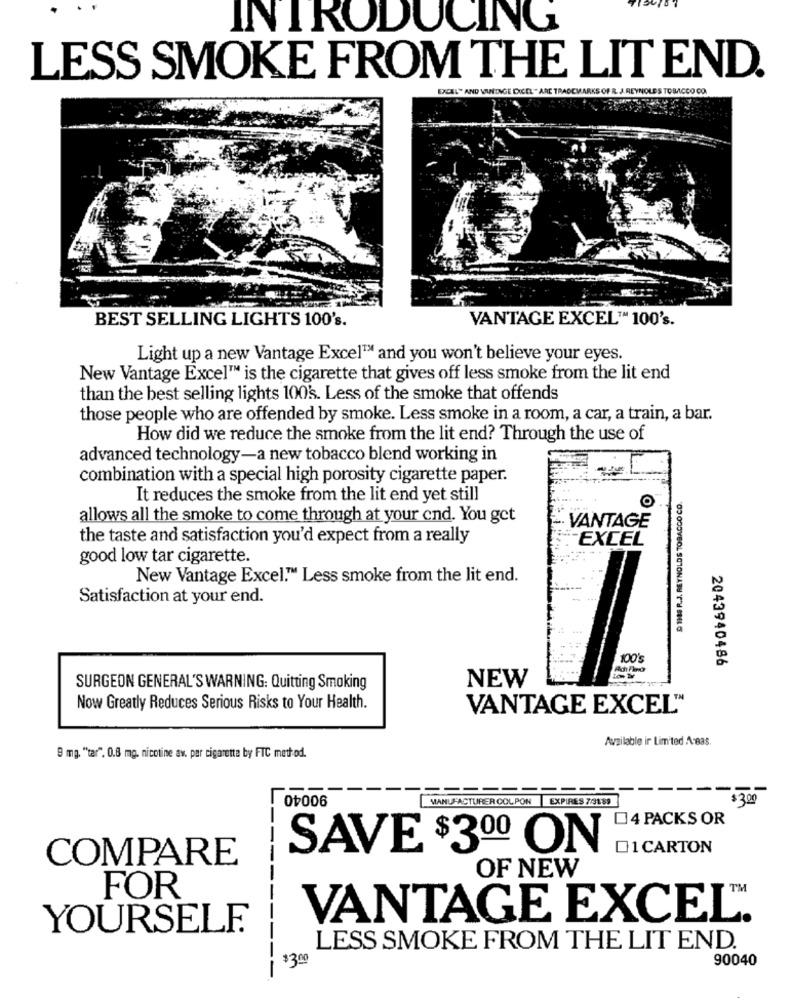
INTRODUCING
LESS SMOKE FROM THE LIT END.
EXCEL* AND VINTAGE DICEL " ARE TRADEMARKS OF R. J. REYNOLDS TOBACCO CO.
BEST SELLING LIGHTS 100's.
VANTAGE EXCEL" 100's.
Light up a new Vantage Excel™ and you won't believe your eyes.
New Vantage Excel™ is the cigarette that gives off less smoke from the lit end
than the best selling lights 100's. Less of the smoke that offends
those people who are offended by smoke. Less smoke in a room, a car, a train, a bar.
How did we reduce the smoke from the lit end? Through the use of
advanced technology-a new tobacco blend working in
combination with a special high porosity cigarette paper.
It reduces the smoke from the lit end yet still
D 1988 R.J. REYNOLDS TOBACCO CO
allows all the smoke to come through at your cnd. You get
- VANTAGE
the taste and satisfaction you'd expect from a really
-EXCEL
good low tar cigarette.
New Vantage Excel." Less smoke from the lit end.
Satisfaction at your end.
100's
2043940486
NEW
SURGEON GENERAL'S WARNING: Quitting Smoking
Now Greatly Reduces Serious Risks to Your Health.
VANTAGE EXCEL"
Available ir Limited Areas.
9 mg. "tar". 0.8 mg. nicotine av. par cigaretta by FTC method.
90040
MANUFACTURER COLPON
EXPIRES 7/3189
$300
4 PACKS OR
SAVE $300 ON
1 CARTON
COMPARE
OF NEW
----
FOR
VANTAGE EXCEL.
YOURSELF
LESS SMOKE FROM THE LIT END.
$3.00
90040